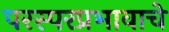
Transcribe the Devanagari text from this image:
परस्परप्रभावाचे